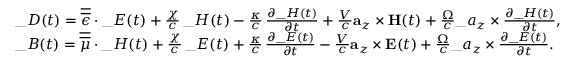
\begin{array} { r l } & { \_ D ( t ) = \overline { { \overline { { \epsilon } } } } \cdot \_ E ( t ) + \frac { \chi } { c } \, \_ H ( t ) - \frac { \kappa } { c } \, \frac { \partial \_ H ( t ) } { \partial t } + \frac { V } { c } \mathbf { a } _ { z } \times \mathbf { H } ( t ) + \frac { \Omega } { c } \_ a _ { z } \times \frac { \partial \_ H ( t ) } { \partial t } , } \\ & { \_ B ( t ) = \overline { { \overline { { \mu } } } } \cdot \_ H ( t ) + \frac { \chi } { c } \, \_ E ( t ) + \frac { \kappa } { c } \, \frac { \partial \_ E ( t ) } { \partial t } - \frac { V } { c } \mathbf { a } _ { z } \times \mathbf { E } ( t ) + \frac { \Omega } { c } \_ a _ { z } \times \frac { \partial \_ E ( t ) } { \partial t } . } \end{array}